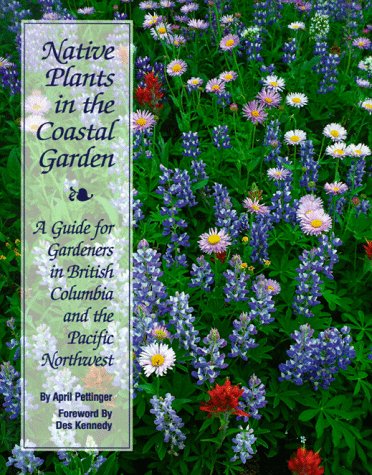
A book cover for Native Plants in the Coastal Garden: A Guide for Gardeners in British Columbia and the Pacific Northwest; April Pettinger; Crafts, Hobbies & Home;